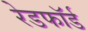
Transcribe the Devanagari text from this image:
रेडफाॅर्ड